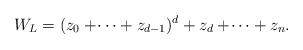
LaTeX: \begin{align*} W_L = (z_0+\dotsi+z_{d-1})^d+z_d+\dotsi+z_n.\end{align*}